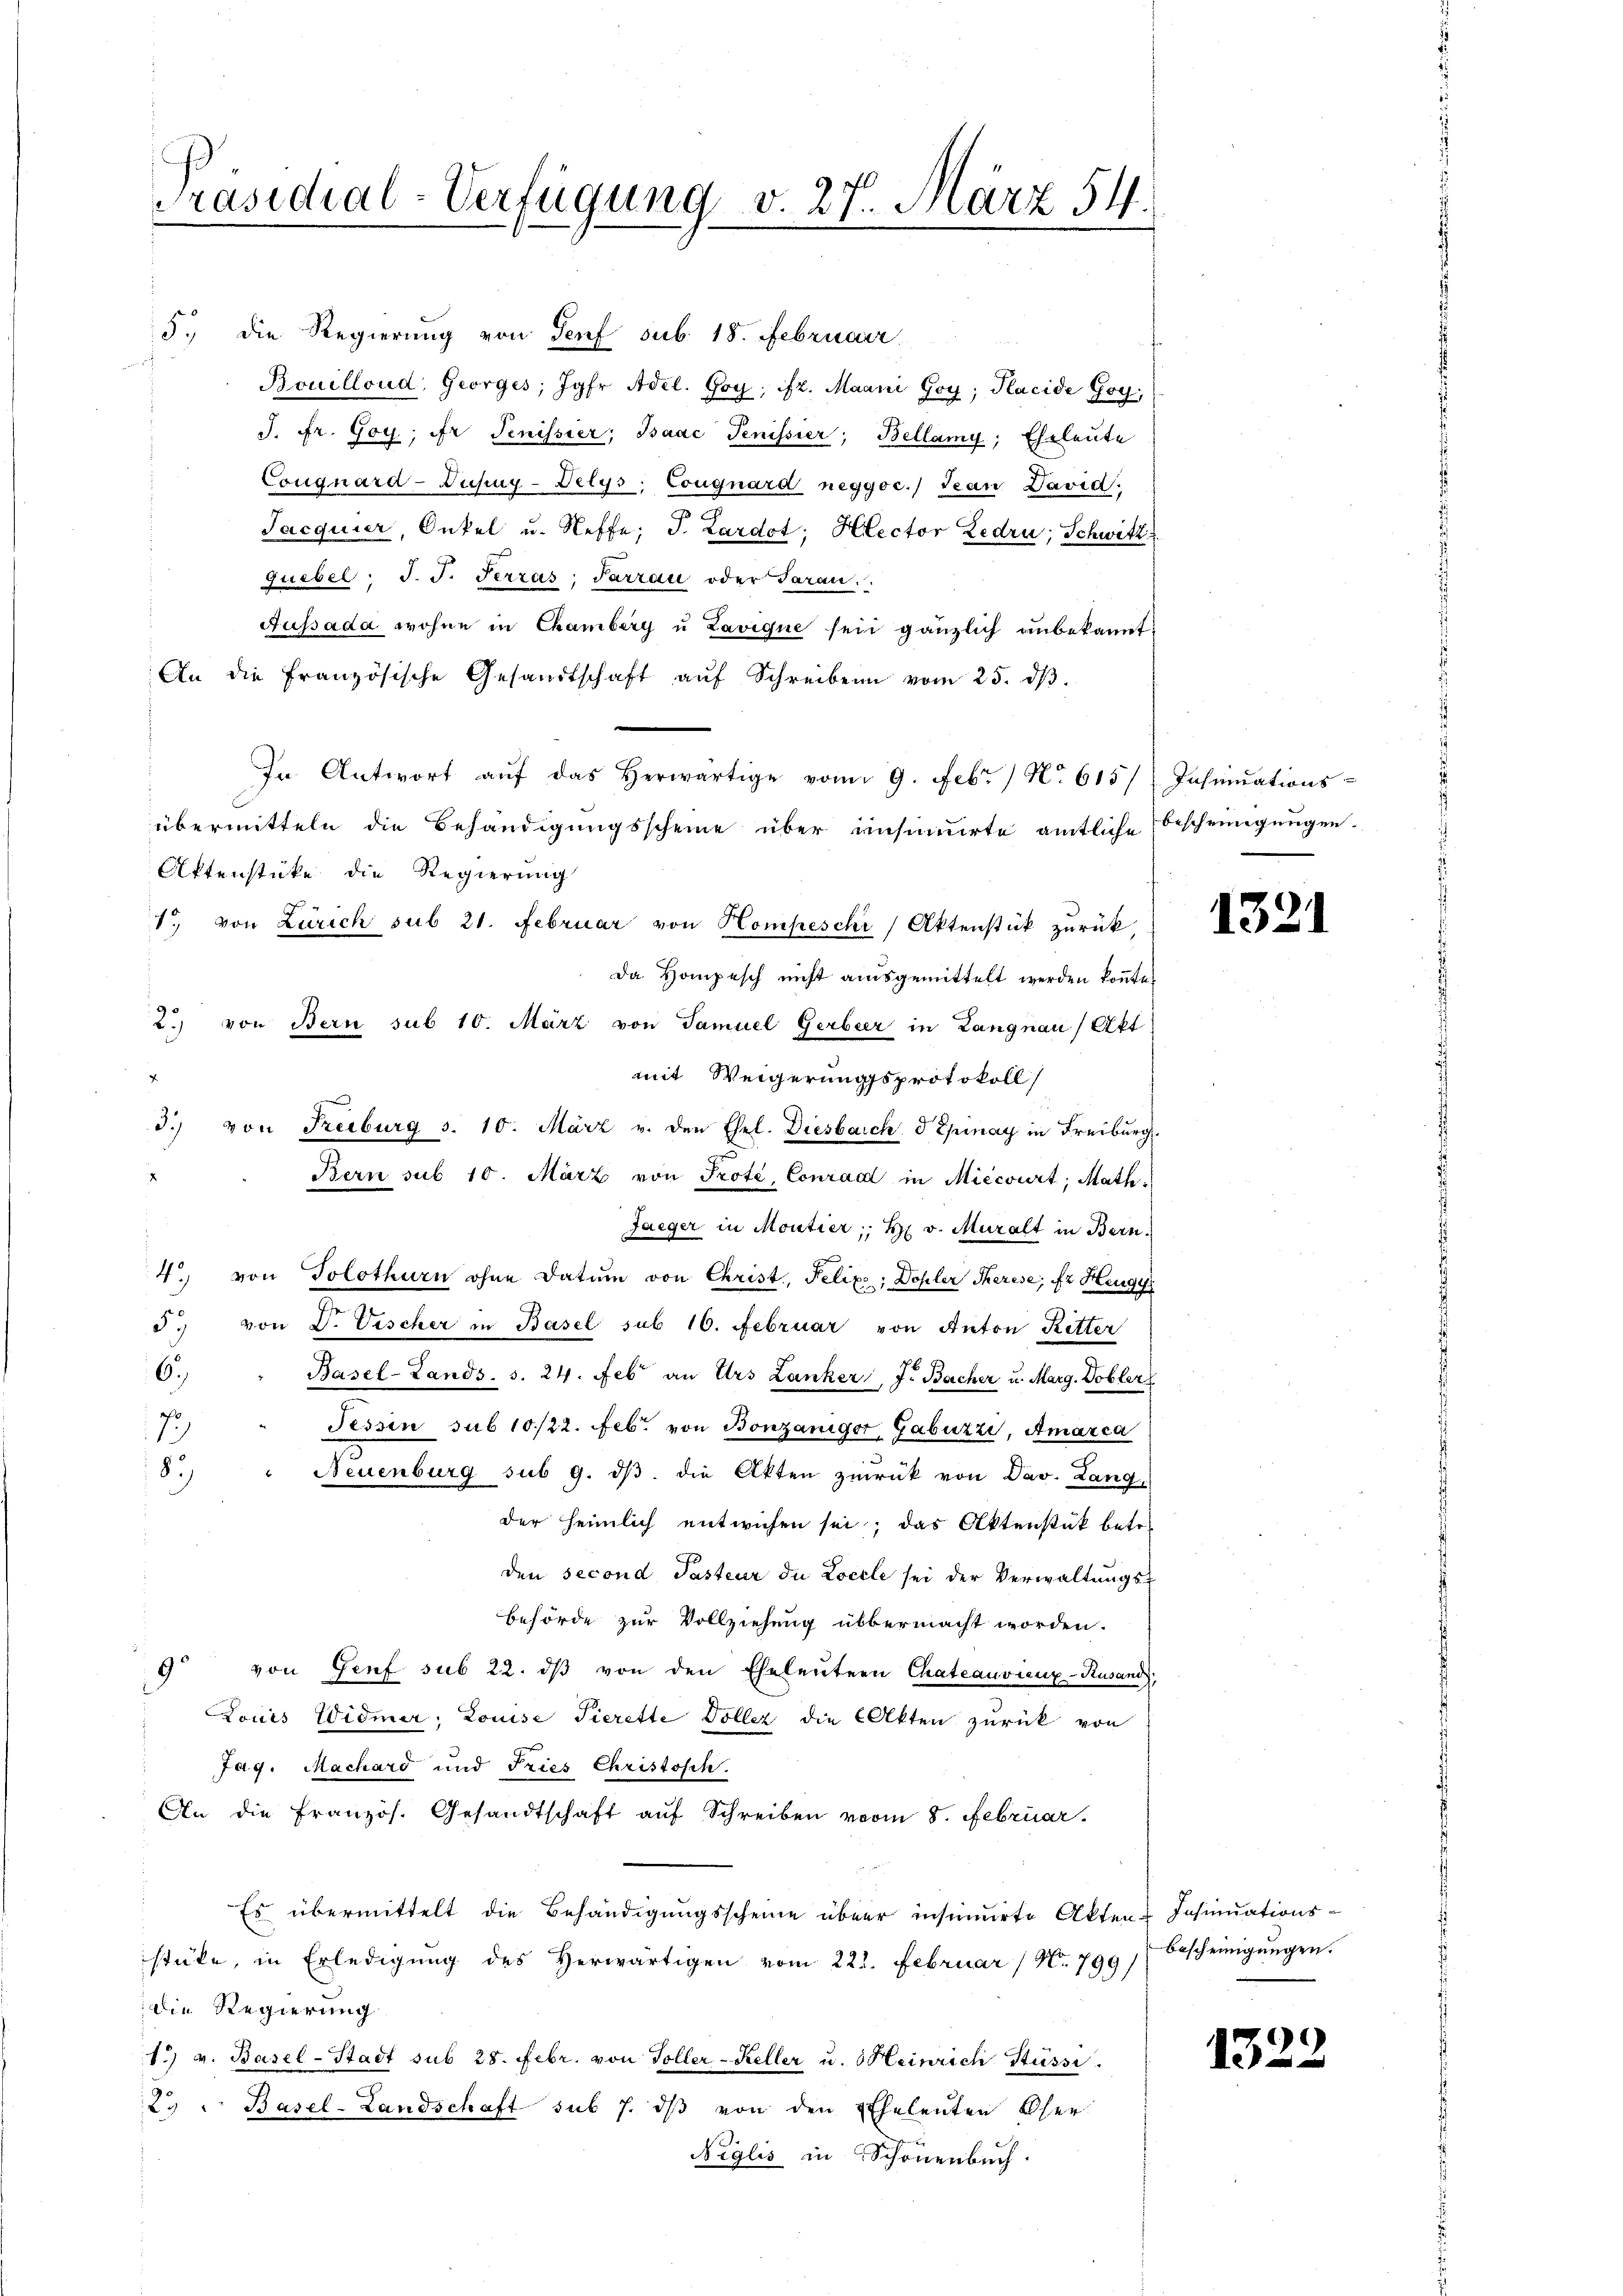
J. fr. Goy, ir Jenissier; Isaac Tenissier; Bellamy; Eheleute
Conguard-Dusug-Vetys, Cougnárd neggoc. Jean David
Jacquier, Onkel u. Neffe; J. Lardot; Hlector Ledru; Schwitz
quebel, J. J. Terras: Parrau oder Saran.
Aussada wohne in Chamberg u Zavique sein gänzlich anbekannt,
An die französische Gesandtschaft aŭf Schreiben vom 25. dβ.
In Antwort aŭf das herwärtige vom 9. Febr. / N. 615/ Insinuations-
übermitteln die Behändigungsscheine über einsinuirte amtliche Bescheinigungen
Aktenstüke die Regierung
1., von Zürich sub 21. Februar von Kompeschi/ Aktenstück zurück,
Da Hompesch nicht ausgemittelt werden könnte.
2. von Bern sub 10. März von Samuel Gerbeer in Langnau (Akt
mit Weigerungsprotokoll
d.) von Freiburg S. 10. März v. den Ehel. Diesbach d Epinay in Freiburg
Bern sub 10. März von Prote Conrad in Miecourt, Math.
Jaeger in Moutier; H. v. Muralt in Bern
4. von Solothurn ohne Datum von Christ, Felix; Dohler Therese, fr Hugy
d. von V. Vischer in Basel sub 16. Februar von Anton Ritter
6.)
Basel-Lands. s. 24. Feb an Urs Lanker J. Bacher u. Marg. Dobler
7
Fessen sub 10/22. Feb. von Bonzaniger, Gabuzzi, Amarca
.
8)
" Neuenburg sub 9. dβ die Akten zurück von Dav. Lang
der heimlich entwichen sei; das Aktenstük betr.
den second Pasteur die Locale sei der Verwaltungs-
Behörde zur Vollziehung übermacht worden.
9 von Genf sub 22. dβ von den Eheleutern Chateauvienz-Rusand,
Louis Widmer, Louise Tierette Vollez die Akten zurück von
Jag. Machard und Pries Christisch.
An die Französ. Gesandtschaft auf Schreiben vom 8. Februar.
Es übermittelt die Behändigungsscheine über insinuirte Akten Insinuationsstüke, in Erledigung des Herwärtigen vom 221. Februar / No. 799/
die Regierung
1. v. Basel-Stadt sub 28. Febr. von Toller-Keller u. Heinrich Stüssi
23 - Basel-Landschaft sub 7. dβ von den Eheleuten Oser
Neglis in Schönenbuch.

5. die Regierŭng von Genf sub. 18. Februarr
Bouilloud, Georges, Jahr Adel. Goy; ift. Maani Goy; Placide Goy,

Präsidial-Verfügung v. 27. März 54.

1321

Bescheinigungen.

1322